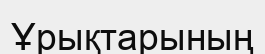
Ұрықтарының